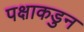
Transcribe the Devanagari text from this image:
पक्षाकडुन